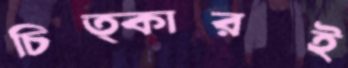
চিত্কারই